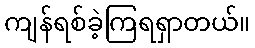
ကျန်ရစ်ခဲ့ကြရရှာတယ်။